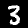
Label: 3